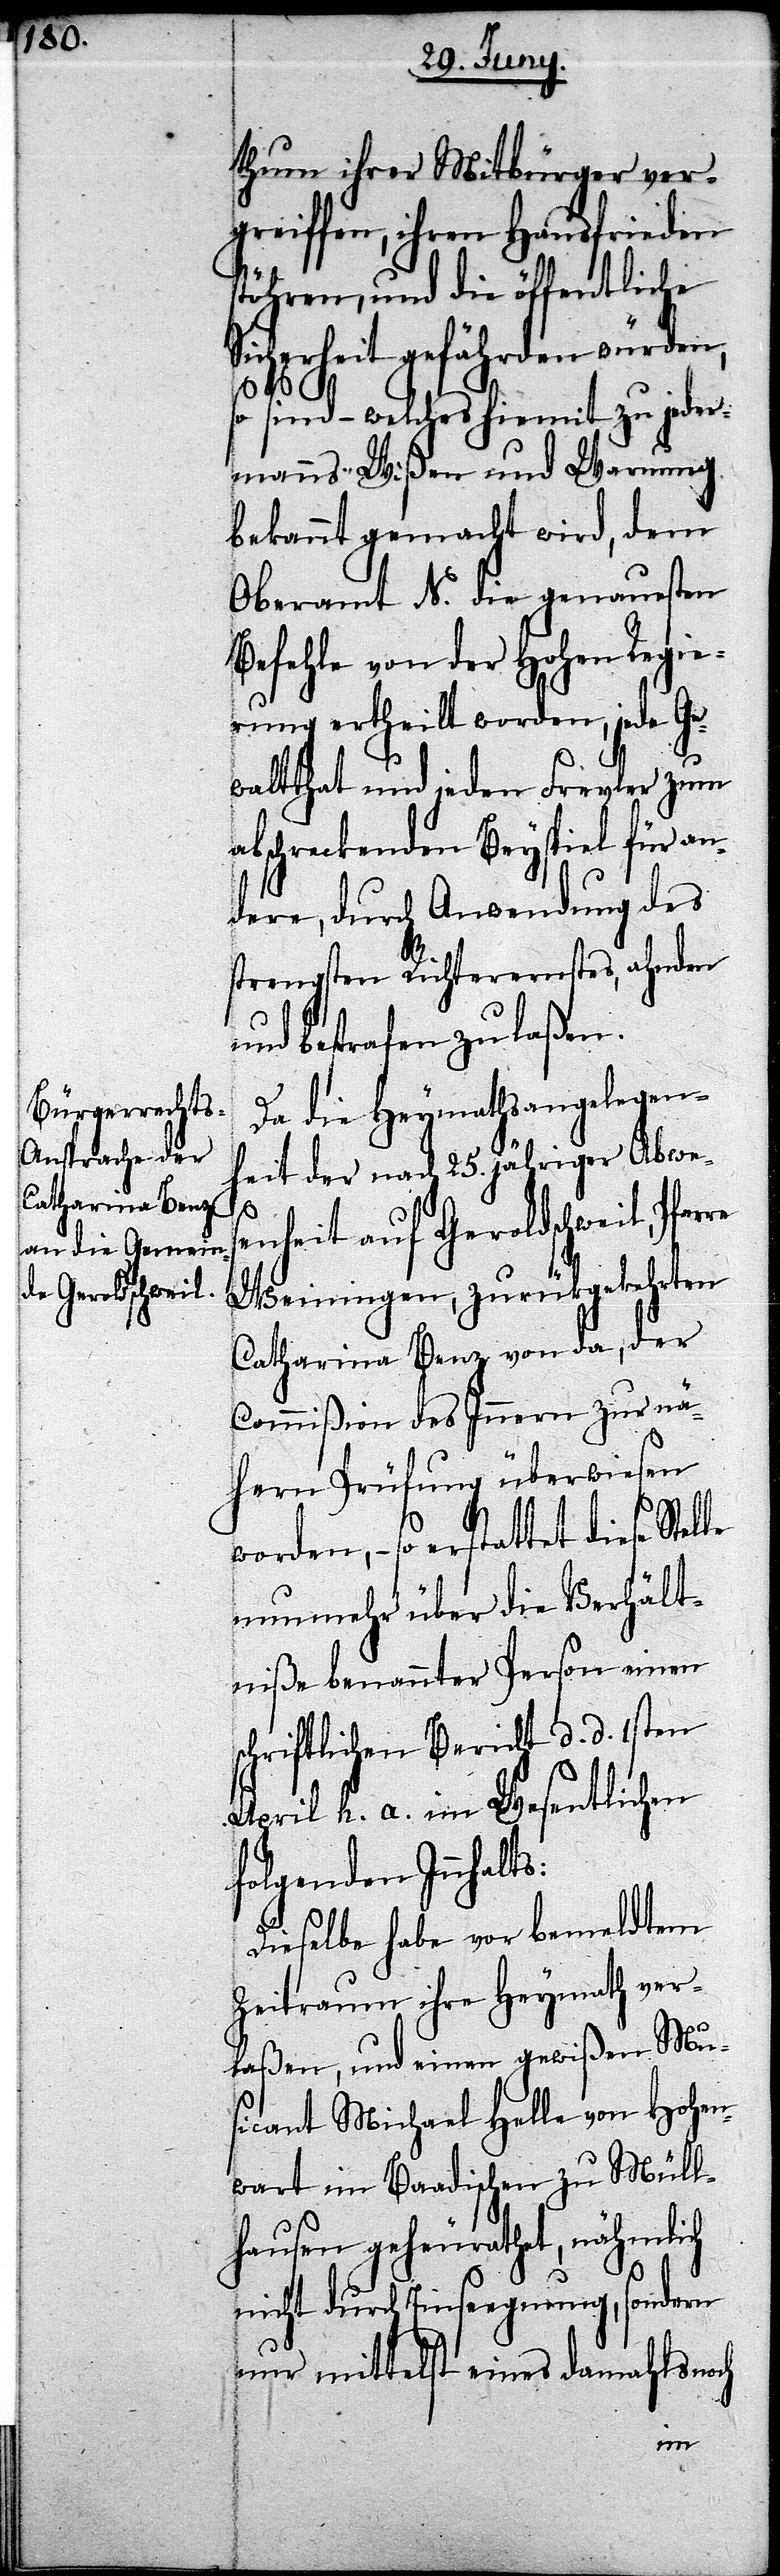
thum ihrer Mitbürger ver¬
greiffen, ihren Hausfrieden
stöhren, und die öffentliche
Sicherheit gefährden würden,
le
so sind – welches hiemit zu jeder¬
manns Wißen und Warnung
bekannt gemacht wird, dem
Oberamt N. die genausten
Befehle von der Hohen Regie¬
rung ertheilt worden, jede Ge¬
waltthat und jeden Frevler zum
abschreckenden Beyspiel für an¬
dere, durch Anwendung des
strengsten Richteramtes, ahnden
und bestrafen zu laßen.
Da die Heymathsangelegen¬
heit der nach 25. jähriger Abwes¬
enheit auf Geroldschweil, Pfar¬
Weiningen, zurückgekehrten
Catharina Benz von da, der
Commißion des Innern zur nä¬
hern Prüfung überwiesen
worden, so erstattet diese Stel¬
nunmehr über die Verhält¬
niße benannter Person einen
schriftlichen Bericht d. d. 1sten
April h. a. im Wesentlichen
folgenden Innhalts:
Dieselbe habe vor bemeldtem
Zeitraum ihre Heymath ver¬
laßen, und einen gewißen Mu¬
sicant Michael Helle von Hohen¬
wart im Baadischen zu Müll¬
hausen geheurathet, nähmlich
nicht durch Einseegnung, sondern
nur mittelst eines damahls noch
re